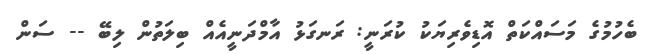
ބެހުމުގެ މަސައްކަތް އޮޑިވެރިޔަކު ކުރަނީ: ރަނގަޅު އާމްދަނީއެއް ބިލަތުން ލިބޭ -- ސަން